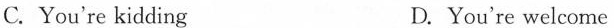
C. You're kidding D. You're welcome